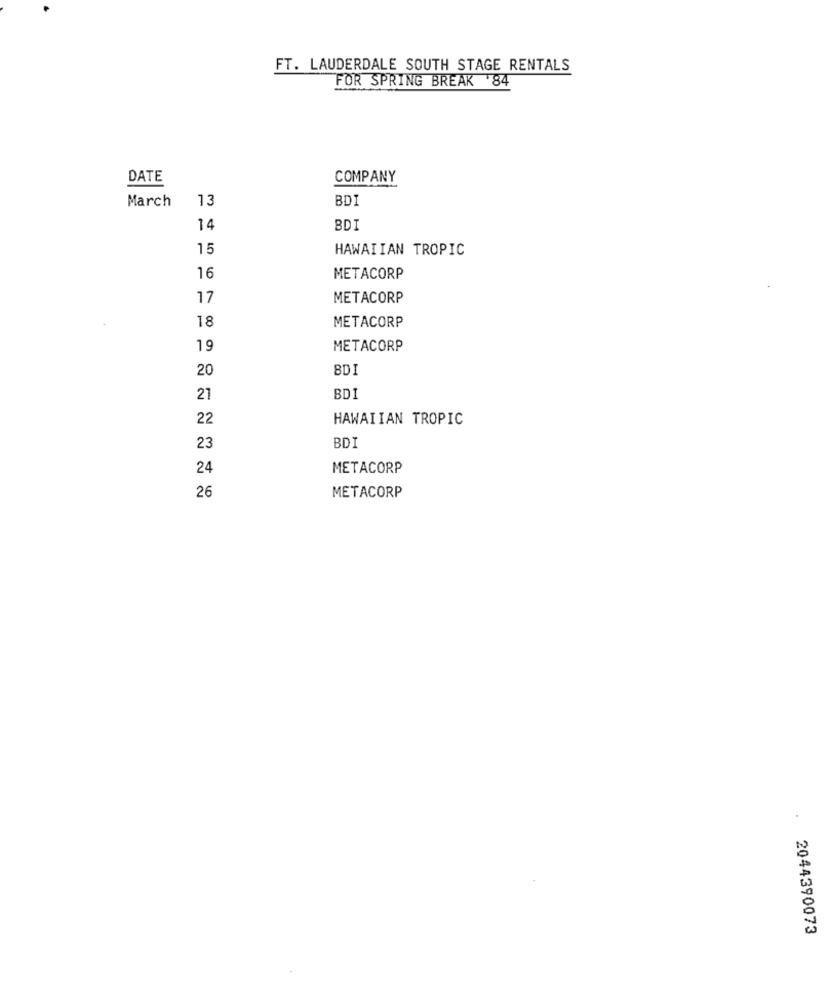
FT. LAUDERDALE SOUTH STAGE RENTALS
FOR SPRING BREAK 84
DATE
COMPANY
March
13
BDI
14
BDI
15
HAWAIIAN TROPIC
16
METACORP
17
METACORP
18
METACORP
19
METACORP
20
BDI
21
BD
22
HAWAIIAN TROPIC
23
BD
24
METACORP
26
METACORP
2044390073